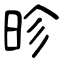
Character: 昣